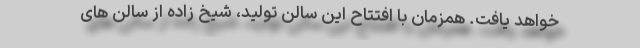
خواهد يافت. همزمان با افتتاح این سالن تولید، شیخ زاده از سالن های